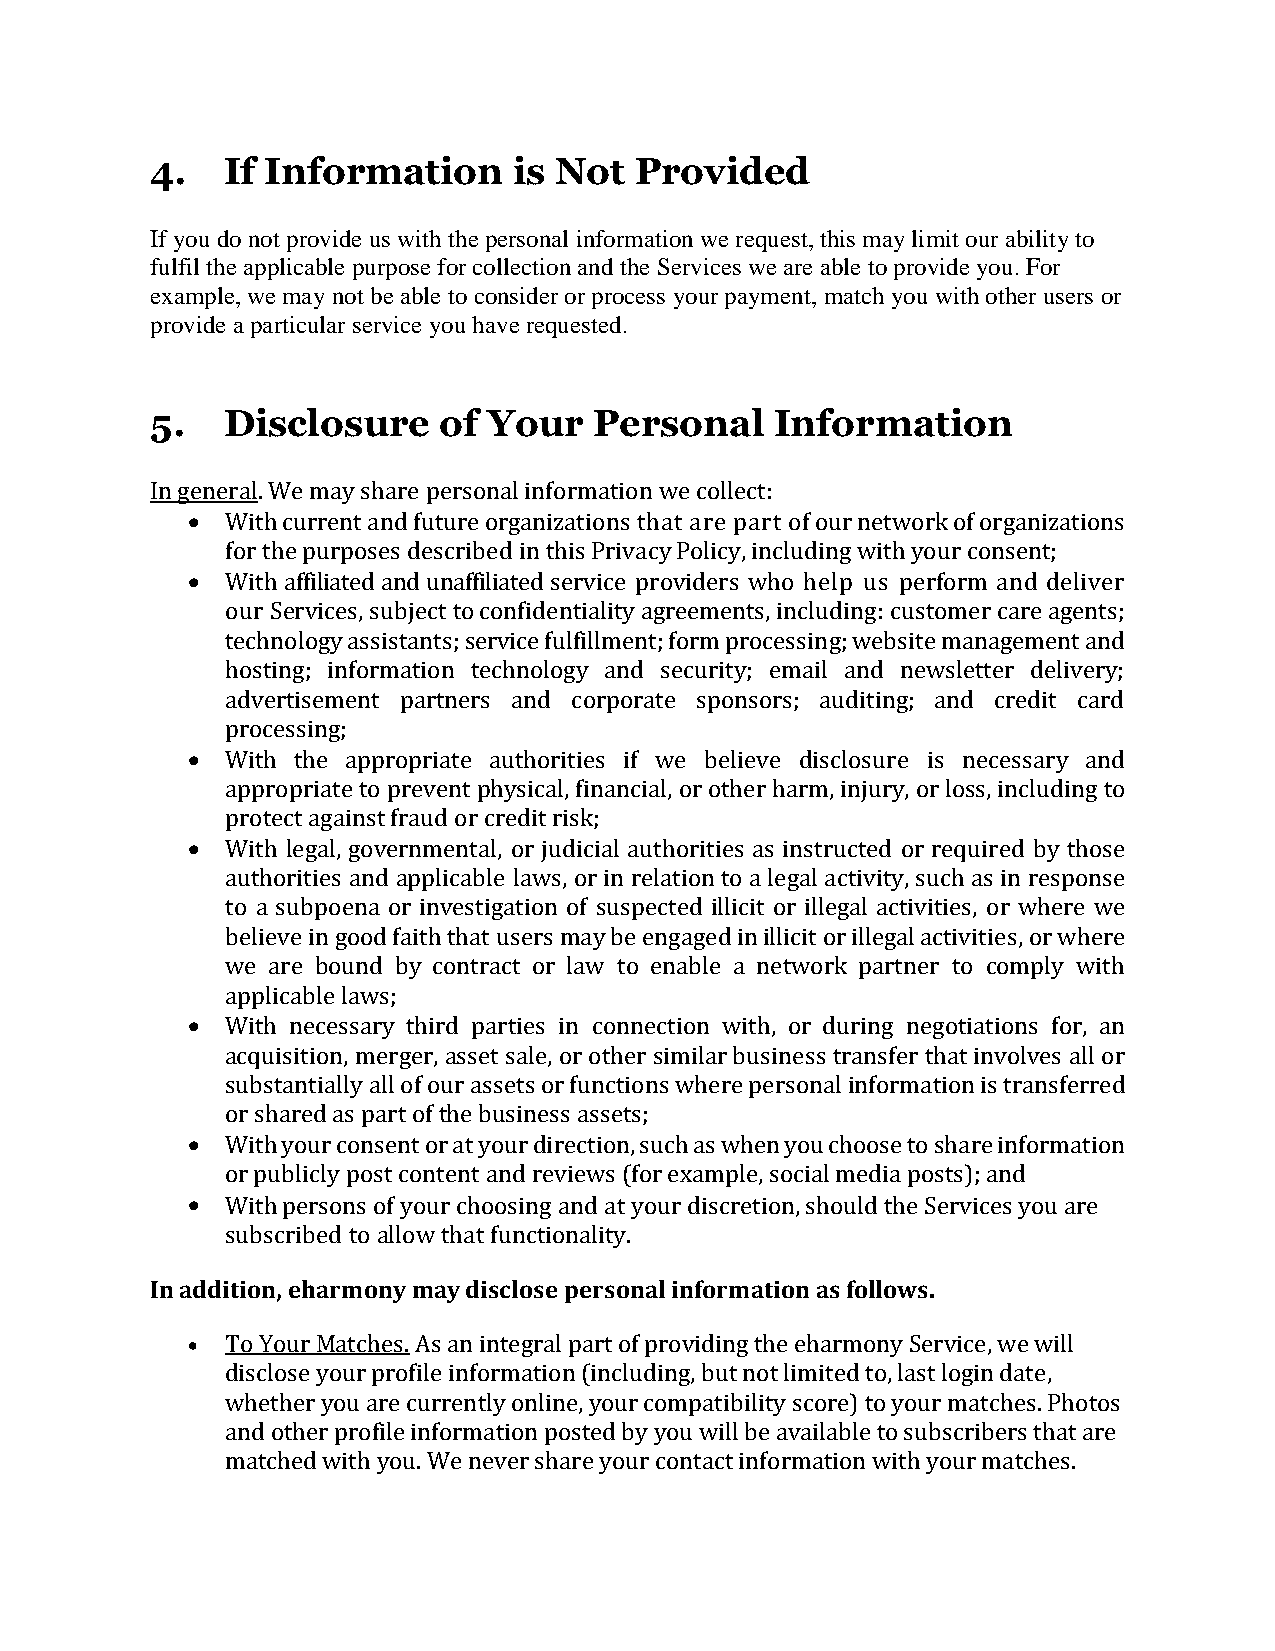
4.   If Information     is Not  Provided
 If you do not provide us with the personal information we request, this may limit our ability to
 fulfil the applicable purpose for collection and the Services we are able to provide you. For
 example, we may not be able to consider or process your payment, match you with other users or
 provide a particular service you have requested.
 5.   Disclosure    of Your   Personal    Information
 In general. We may share personal information we collect:
   With current and future organizations that are part of our network of organizations
 for the purposes described in this Privacy Policy, including with your consent;
   With affiliated and unaffiliated service providers who help us perform and deliver
 our Services, subject to confidentiality agreements, including: customer care agents;
 technology assistants; service fulfillment; form processing; website management and
 hosting; information technology and security; email and newsletter delivery;
 advertisement partners and corporate sponsors; auditing; and credit card
 processing;
   With the appropriate authorities if we believe disclosure is necessary and
 appropriate to prevent physical, financial, or other harm, injury, or loss, including to
 protect against fraud or credit risk;
   With legal, governmental, or judicial authorities as instructed or required by those
 authorities and applicable laws, or in relation to a legal activity, such as in response
 to a subpoena or investigation of suspected illicit or illegal activities, or where we
 believe in good faith that users may be engaged in illicit or illegal activities, or where
 we are bound by contract or law to enable a network partner to comply with
 applicable laws;
   With necessary third parties in connection with, or during negotiations for, an
 acquisition, merger, asset sale, or other similar business transfer that involves all or
 substantially all of our assets or functions where personal information is transferred
 or shared as part of the business assets;
   With your consent or at your direction, such as when you choose to share information
 or publicly post content and reviews (for example, social media posts); and
   With persons of your choosing and at your discretion, should the Services you are
 subscribed to allow that functionality.
 In addition, eharmony may disclose personal information as follows.
   To Your Matches. As an integral part of providing the eharmony Service, we will
 disclose your profile information (including, but not limited to, last login date,
 whether you are currently online, your compatibility score) to your matches. Photos
 and other profile information posted by you will be available to subscribers that are
 matched with you. We never share your contact information with your matches.